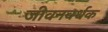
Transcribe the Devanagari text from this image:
जीवनवर्धक